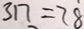
3 1 7 = 7 8